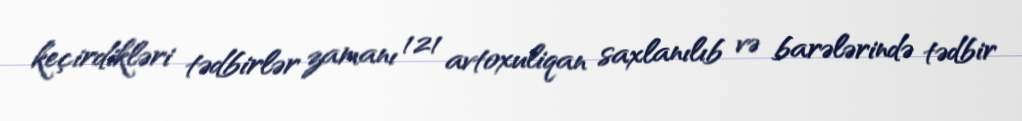
keçirdikləri tədbirlər zamanı 121 avtoxuliqan saxlanılıb və barələrində tədbir